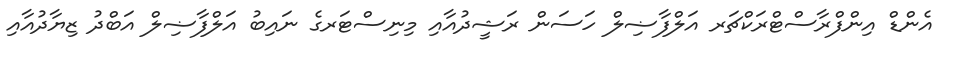
އެންޑް އިންފްރާސްޓްރަކްޗަރ އަލްފާޟިލް ހަސަން ރަޝީދުއާއި މިނިސްޓަރގެ ނައިބު އަލްފާޟިލް އަބްދު ޒިޔާދުއާއި